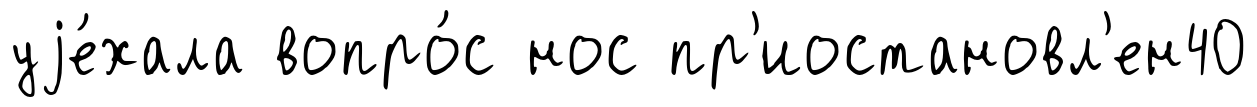
уjе́хала вопро́с нос пр'иостановл'ен40